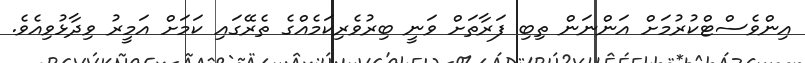
އިންވެސްޓްކުރުމަށް އަންނަން ތިބި ފަރާތަށް ވަނީ ބިރުވެރިކަމެއްގެ ތެރޭގައި ކަމަށް އަމީރު ވިދާޅުވިއެވެ.